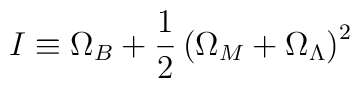
I\equiv\Omega_B+\frac{1}{2}\left(\Omega_M+\Omega_{\Lambda}\right)^2